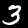
Label: 3